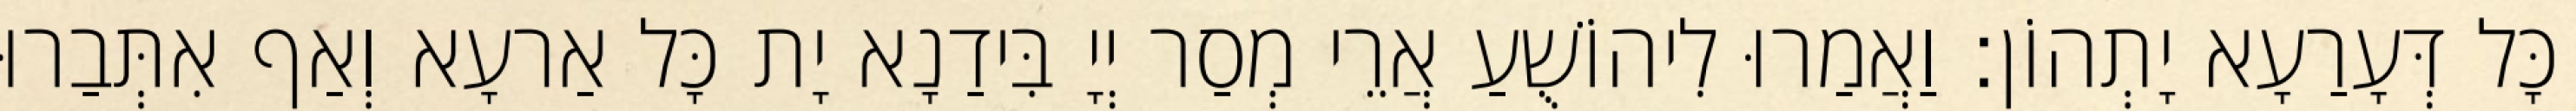
כָּל דְּעָרַעָא יָתְהוֹן׃ וַאֲמַרוּ לִיהוֹשֻׁעַ אֲרֵי מְסַר יְיָ בִּידַנָא יָת כָּל אַרעָא וְאַף אִתְּבַרוּ